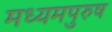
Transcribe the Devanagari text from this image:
मध्‍यमपुरुष